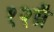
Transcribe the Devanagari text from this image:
१२ग्रॅ